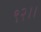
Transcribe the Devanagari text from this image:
९२।।